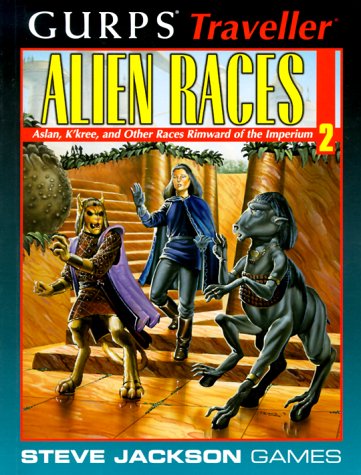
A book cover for GURPS Traveller Alien Races 2 (No. 2); Andrew Slack; Science Fiction & Fantasy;